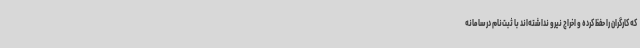
که کارگران را حفظ کرده و اخراج نیرو نداشته‌اند با ثبت‌نام درسامانه